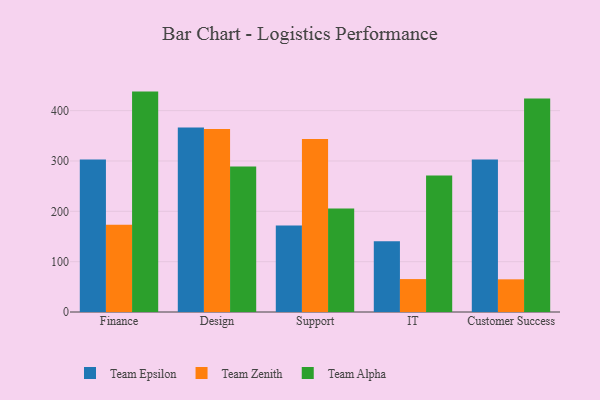
{"axis": {"x": "Department", "y": "LTV (USD)"}, "legend": ["Team Alpha", "Team Epsilon", "Team Zenith"], "data": [{"x": "Finance", "y": 302.9, "type": "Team Epsilon"}, {"x": "Finance", "y": 173.2, "type": "Team Zenith"}, {"x": "Finance", "y": 437.8, "type": "Team Alpha"}, {"x": "Design", "y": 366.4, "type": "Team Epsilon"}, {"x": "Design", "y": 363.6, "type": "Team Zenith"}, {"x": "Design", "y": 289.0, "type": "Team Alpha"}, {"x": "Support", "y": 172.0, "type": "Team Epsilon"}, {"x": "Support", "y": 343.6, "type": "Team Zenith"}, {"x": "Support", "y": 205.5, "type": "Team Alpha"}, {"x": "IT", "y": 140.5, "type": "Team Epsilon"}, {"x": "IT", "y": 65.4, "type": "Team Zenith"}, {"x": "IT", "y": 271.2, "type": "Team Alpha"}, {"x": "Customer Success", "y": 302.8, "type": "Team Epsilon"}, {"x": "Customer Success", "y": 64.9, "type": "Team Zenith"}, {"x": "Customer Success", "y": 424.3, "type": "Team Alpha"}]}